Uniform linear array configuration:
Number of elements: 8
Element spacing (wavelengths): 0.75
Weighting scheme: hamming
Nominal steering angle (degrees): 0
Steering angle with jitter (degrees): -1.01
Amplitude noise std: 0.05
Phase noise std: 0.05

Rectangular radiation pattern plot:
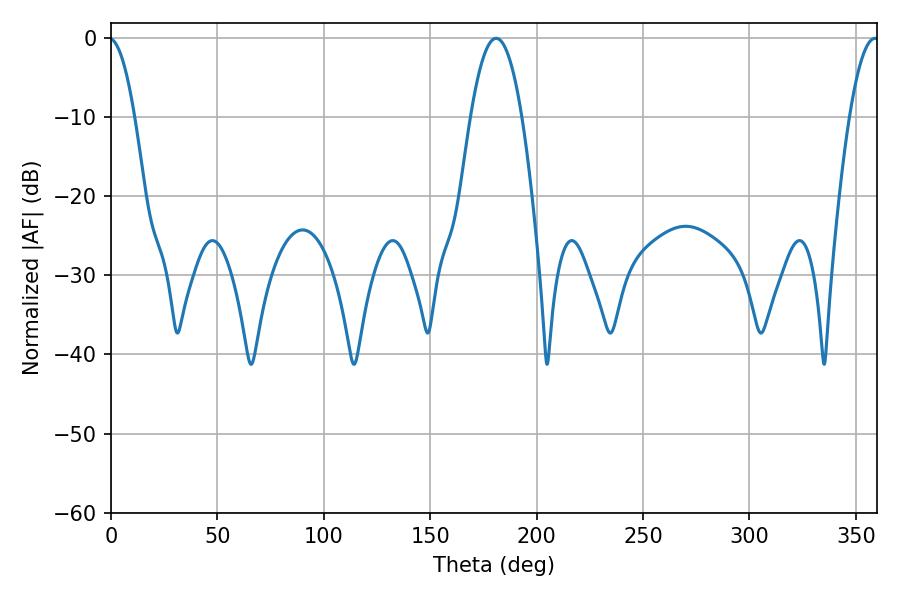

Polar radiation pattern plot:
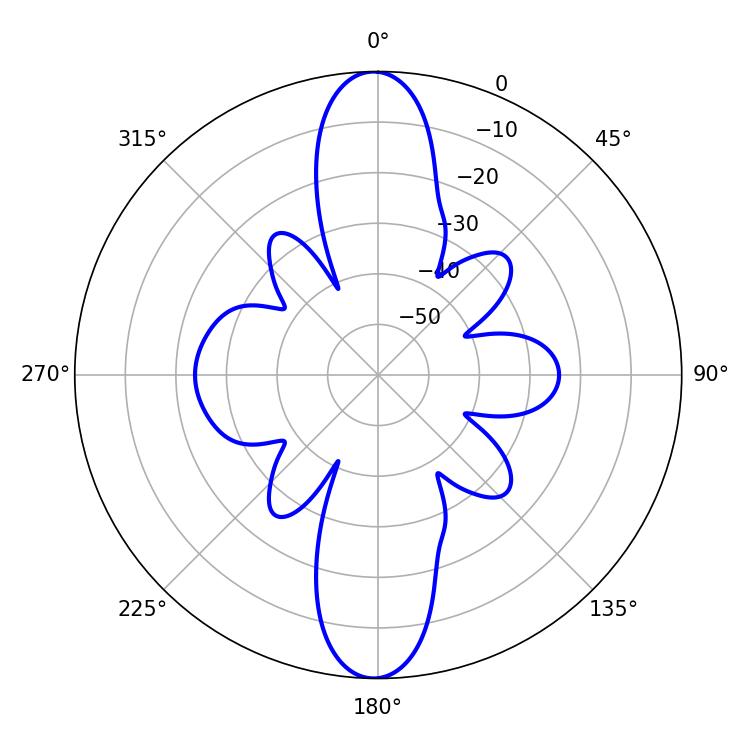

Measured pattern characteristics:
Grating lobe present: TRUE
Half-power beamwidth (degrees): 13.14
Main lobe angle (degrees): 180.9